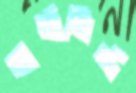
জার্নালিস্ট